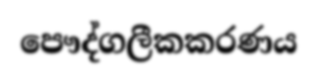
පෞද්ගලීකකරණය